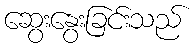
ဆွေးနွေးခြင်းသည်